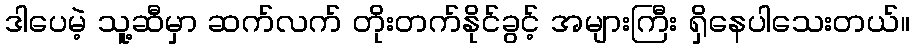
ဒါပေမဲ့ သူ့ဆီမှာ ဆက်လက် တိုးတက်နိုင်ခွင့် အများကြီး ရှိနေပါသေးတယ်။